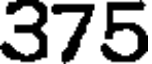
375